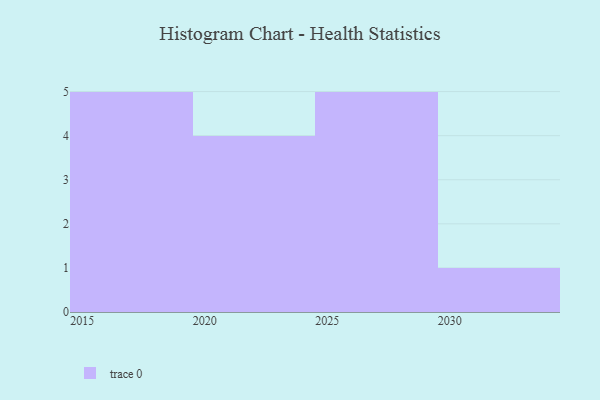
{"axis": {"x": "Year", "y": "Population (Million)"}, "legend": [""], "data": [{"x": "2026", "y": 86, "type": ""}, {"x": "2016", "y": 82, "type": ""}, {"x": "2025", "y": 19, "type": ""}, {"x": "2018", "y": 75, "type": ""}, {"x": "2021", "y": 86, "type": ""}, {"x": "2015", "y": 67, "type": ""}, {"x": "2027", "y": 29, "type": ""}, {"x": "2019", "y": 89, "type": ""}, {"x": "2023", "y": 5, "type": ""}, {"x": "2024", "y": 5, "type": ""}, {"x": "2022", "y": 68, "type": ""}, {"x": "2029", "y": 70, "type": ""}, {"x": "2017", "y": 17, "type": ""}, {"x": "2028", "y": 66, "type": ""}, {"x": "2030", "y": 30, "type": ""}]}